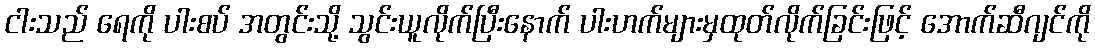
ငါးသည် ရေကို ပါးစပ် အတွင်းသို့ သွင်းယူလိုက်ပြီးနောက် ပါးဟက်များမှထုတ်လိုက်ခြင်းဖြင့် အောက်ဆီဂျင်ကို